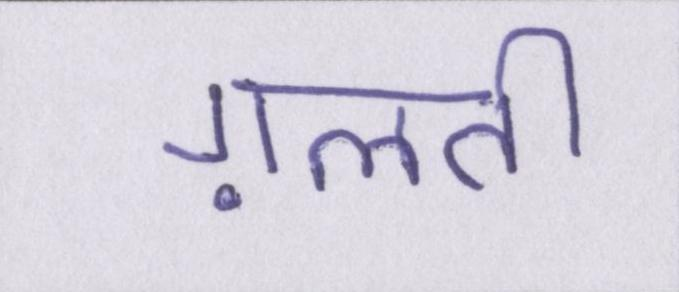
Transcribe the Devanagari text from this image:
ग़लती